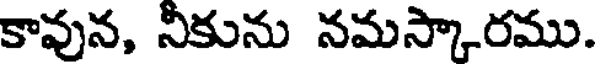
కావున, నీకును నమస్కారము.